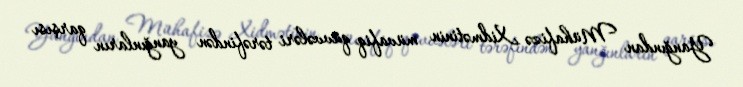
Yanğından Mühafizə Xidmətinin müvafiq qüvvələri tərəfindən yanğınların qarşısı